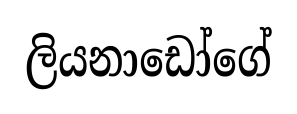
ලියනාඩෝගේ